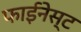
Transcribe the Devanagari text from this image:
फाईनेस्ट